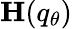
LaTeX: \mathbf{H}(q_{\theta})